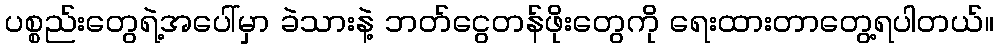
ပစ္စည်းတွေရဲ့အပေါ်မှာ ခဲသားနဲ့ ဘတ်ငွေတန်ဖိုးတွေကို ရေးထားတာတွေ့ရပါတယ်။